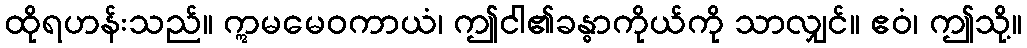
ထိုရဟန်းသည်။ ဣမမေဝကာယံ၊ ဤငါ၏ခန္ဓာကိုယ်ကို သာလျှင်။ ဧဝံ၊ ဤသို့။